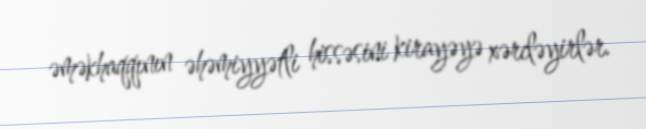
əməkhaqqının əhəmiyyətli hissəsini kirayəyə xərcləyirlər.